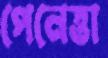
পেনেত্তা